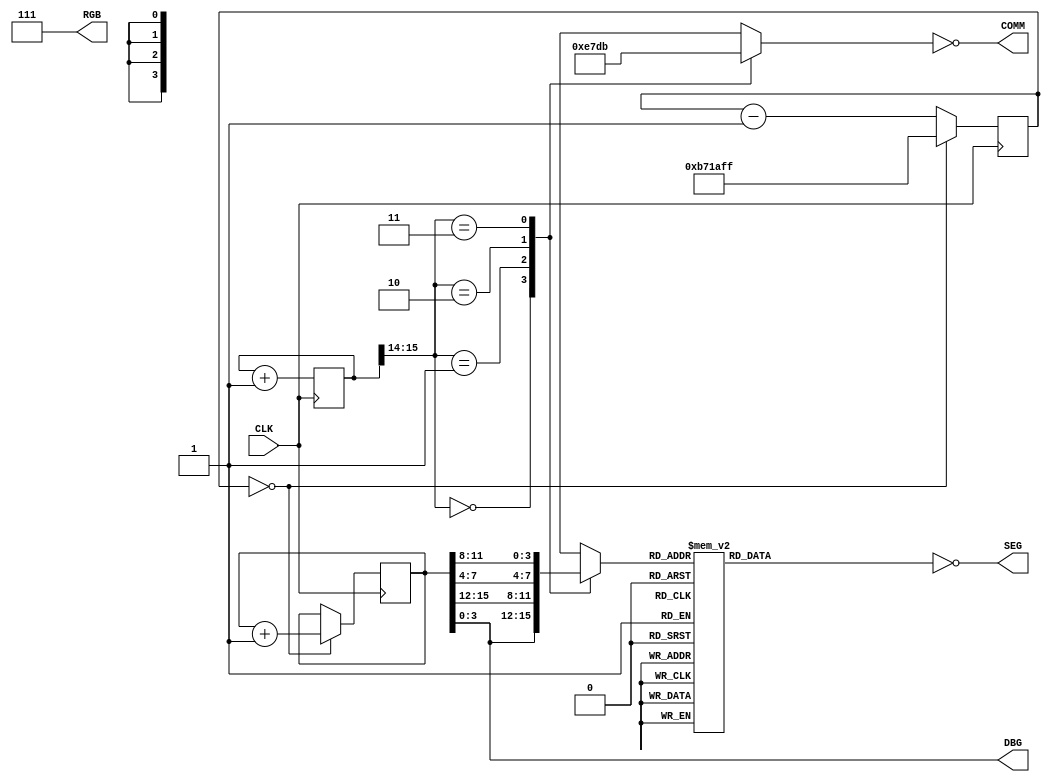
////////
// 
//	comp300-fa21-p2-1/top.v
//
//	Project 2 Second Week Starter
//	
//	This circuit creates a a multiplexed 7-segment display
//	using the 12 Mhz clock of the Upduino3 board. The
//      display is tested with a counter that counts seconds. 
//
//	Chuck Pateros
//	University of San Diego
//	13-Oct-2021
//
////////


// look in upduino3.pcf for the mapping of signals to UPduino board pins
module top (
    input CLK,         // 12MHz clock provided by UPduino board
    output [6:0] SEG,  // seven-segment display segments (active high)
    output [3:0] COMM, // seven-segment display common cathodes (active low) 
    output [3:0] DBG,  // LEDs installed into breadboard (active high)
    output [2:0] RGB   // RGB LED is built into UPduino board (active low)
);
 
    reg [3:0] hex2Display; // the 4 bits we want to display

 
    reg [6:0] seg;
    reg [3:0] comm;
   
    // drive board LEDs
    assign SEG = ~seg;
    assign RGB = 3'b111;
    assign COMM = ~comm;

    /// second timer signals
    localparam [23:0] timer_init = 24'hB71AFF;
    reg [23:0] second_timer_state;
    reg [15:0] second;

    /// preload second timer state machine
    initial begin
        second_timer_state = timer_init;
        second = 16'hACDC;
    end /// end timer state initial begin

    /// second_timer
    /// second timer state machine
    /// increments every second
    always @(posedge CLK) begin
        if (second_timer_state == 0) begin
            second_timer_state = timer_init;
            second = second + 1;
         end /// end if
        else begin
            second_timer_state <= second_timer_state - 1;
        end /// end else
    end /// second timer state machine

    // Use debug LEDs to show low order 4 bits of second count
    assign DBG = second[3:0];


    ////////
    // simple refreshCounter circuit 
    // TODO: Replace with your digit scrolling state machine!
    ////////

    // keep track of refreshCount
    reg [23:0] refreshCounter;

 
    // increment the refreshCounter every clock
    always @(posedge CLK) begin
        refreshCounter <= refreshCounter + 1;
    end


    always @(*) begin
        case(hex2Display) // upside down
            4'b0000   : seg = 7'b0111111;
            4'b0001   : seg = 7'b0110000;
            4'b0010   : seg = 7'b1011011;
            4'b0011   : seg = 7'b1111001;
            4'b0100   : seg = 7'b1110100;
            4'b0101   : seg = 7'b1101101;
            4'b0110   : seg = 7'b1101111;
            4'b0111   : seg = 7'b0111000;
            4'b1000   : seg = 7'b1111111;
            4'b1001   : seg = 7'b1111100;
            4'b1010   : seg = 7'b1111110;
            4'b1011   : seg = 7'b1100111;
            4'b1100   : seg = 7'b0001111;
            4'b1101   : seg = 7'b1110011;
            4'b1110   : seg = 7'b1001111;
            4'b1111   : seg = 7'b1001110;
            default   : seg = 7'b0000000; // go dark in case of error
        endcase // hex to seven-segment case
         
        case(refreshCounter[15:14]) // digit scrolling 0,1,2,3 (Pateros)
            4'b00   : comm = 4'b1110;
            4'b01   : comm = 4'b0111;
            4'b10   : comm = 4'b1101;
            4'b11   : comm = 4'b1011;
            default : comm = 4'b0000; // light all if error
       endcase

    /// selects the hex digit for the currently displayed digit
          case(refreshCounter[15:14])
            2'b00: hex2Display = second[3:0]; // 0
            2'b01: hex2Display = second[15:12]; // 1
            2'b10: hex2Display = second[7:4]; // 2
            2'b11: hex2Display = second[11:8];// 3
              default : hex2Display = 4'hE;  // 'E' for error!  
          endcase
       
    end // combinational circuits

endmodule